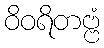
ဝိဝရိတဗ္ဗံ